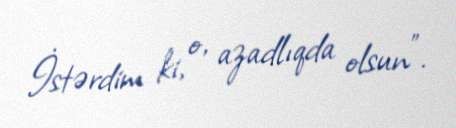
İstərdim ki, o, azadlıqda olsun”.